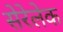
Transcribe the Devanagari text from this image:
सेरेलेक